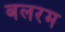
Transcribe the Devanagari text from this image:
बलरम